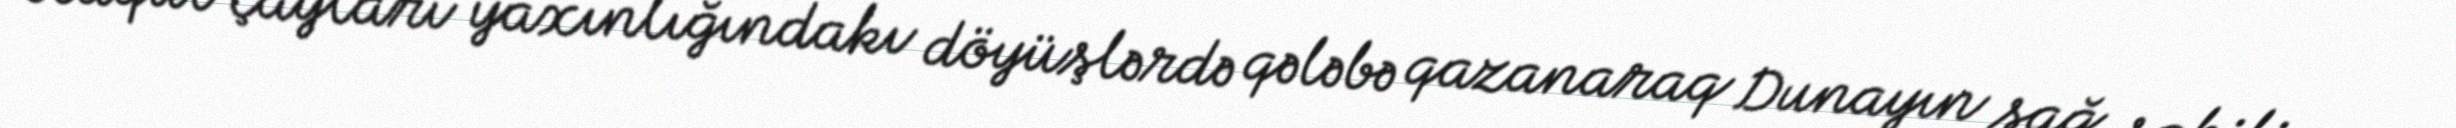
Kaqul çayları yaxınlığındakı döyüşlərdə qələbə qazanaraq Dunayın sağ sahilinə